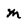
Character: m